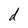
Character: d